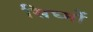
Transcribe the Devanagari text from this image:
सिघ्मों